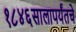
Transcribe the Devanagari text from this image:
१८४६सालापर्यंतचे